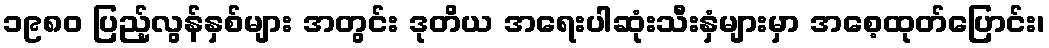
၁၉၈၀ ပြည့်လွန်နှစ်များ အတွင်း ဒုတိယ အရေးပါဆုံးသီးနှံများမှာ အစေ့ထုတ်ပြောင်း၊